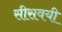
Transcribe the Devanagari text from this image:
सीसवयी